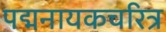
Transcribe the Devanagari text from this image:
पद्मनायकचरित्र